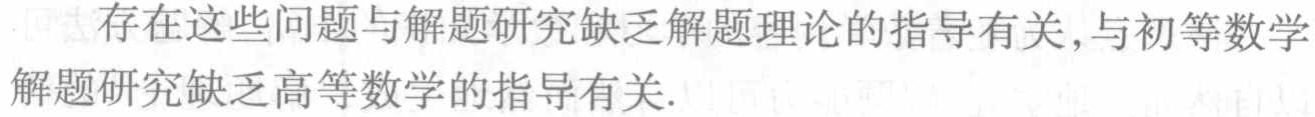
存在这些问题与解题研究缺乏解题理论的指导有关,与初等数学解题研究缺乏高等数学的指导有关.